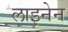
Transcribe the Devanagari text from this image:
लाइनेन